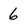
Character: 6